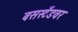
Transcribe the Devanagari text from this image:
बसस्टँडवर